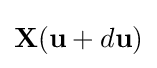
\mathbf {X} (\mathbf {u} +d\mathbf {u} )